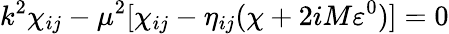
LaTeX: k^{2}\chi_{ij}-\mu^{2}[\chi_{ij}-\eta_{ij}(\chi+2iM\varepsilon^{0})]=0